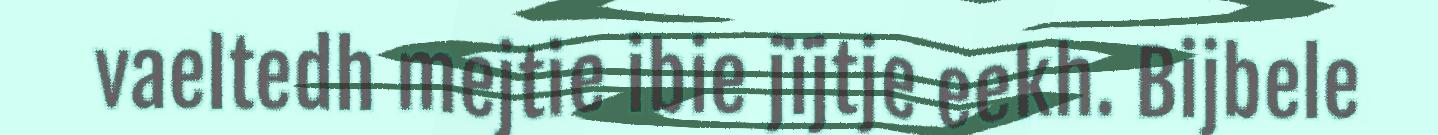
vaeltedh mejtie ibie jïjtje eekh. Bijbele